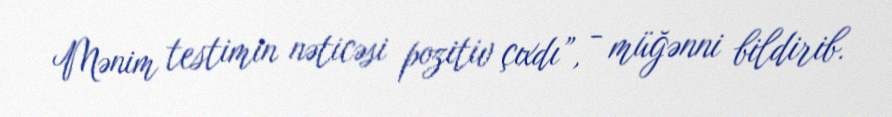
Mənim testimin nəticəsi pozitiv çıxdı”, - müğənni bildirib.